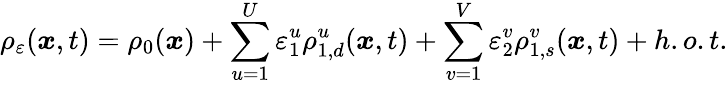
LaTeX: \rho_{\varepsilon}(\boldsymbol{x},t)=\rho_{0}(\boldsymbol{x})+\sum_{u=1}^{U}\varepsilon_{1}^{u}\rho_{1,d}^{u}(\boldsymbol{x},t)+\sum_{v=1}^{V}\varepsilon_{2}^{v}\rho_{1,s}^{v}(\boldsymbol{x},t)+h.o.t.